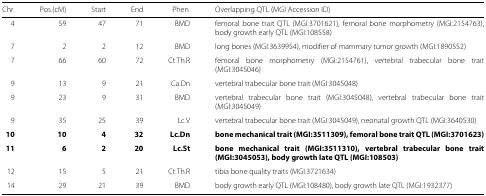
| Chr. | Pos.(cM) | Start | End | Phen. | Overlapping QTL (MGI Accession ID) |
 | --- | --- | --- | --- | --- | --- |
 | 4 | 59 | 47 | 71 | BMD | femoral bone trait QTL (MGI:3701621), femoral bone morphometry (MGI:2154763), body growth early QTL (MGI:108558) |
 | 7 | 2 | 2 | 12 | BMD | long bones (MGI:3639954), modifier of mammary tumor growth (MGI:1890552) |
 | 7 | 66 | 60 | 72 | Ct.Th.R | femoral bone morphometry (MGI:2154761), vertebral trabecular bone trait (MGI:3045046) |
 | 9 | 13 | 9 | 21 | Ca.Dn | vertebral trabecular bone trait (MGI:3045048) |
 | 9 | 23 | 9 | 31 | BMD | vertebral trabecular bone trait (MGI:3045048), vertebral trabecular bone trait (MGI:3045049) |
 | 9 | 35 | 25 | 39 | Lc.V | vertebral trabecular bone trait (MGI:3045049), neonatal growth QTL (MGI:3640530) |
 | 10 | 10 | 4 | 32 | Lc.Dn | bone mechanical trait (MGI:3511309), femoral bone trait QTL (MGI:3701623) |
 | 11 | 6 | 2 | 20 | Lc.St | bone mechanical trait (MGI:3511310), vertebral trabecular bone trait (MGI:3045053), body growth late QTL (MGI:108503) |
 | 12 | 15 | 5 | 21 | Ct.Th.R | tibia bone quality traits (MGI:3721634) |
 | 14 | 29 | 21 | 39 | BMD | body growth early QTL (MGI:108480), body growth late QTL (MGI:1932377) |